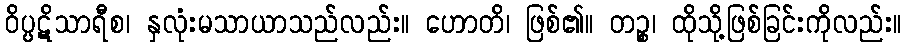
ဝိပ္ပဋိသာရီစ၊ နှလုံးမသာယာသည်လည်း။ ဟောတိ၊ ဖြစ်၏။ တဉ္စ၊ ထိုသို့ဖြစ်ခြင်းကိုလည်း။